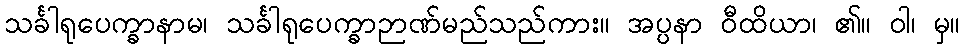
သင်္ခါရုပေက္ခာနာမ၊ သင်္ခါရုပေက္ခာဉာဏ်မည်သည်ကား။ အပ္ပနာ ဝီထိယာ၊ ၏။ ဝါ၊ မှ။